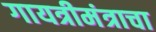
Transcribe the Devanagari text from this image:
गायत्रीमंत्राचा